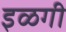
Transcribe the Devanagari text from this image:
इळगी